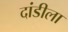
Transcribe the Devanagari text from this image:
दांडीला